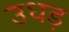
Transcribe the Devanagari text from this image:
उधड़